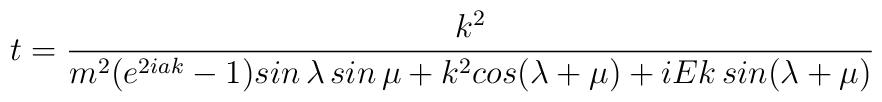
t=\frac{k^{2}}{m^{2}(e^{2iak}-1)sin\,\lambda \,sin\,\mu +k^{2}cos(\lambda+\mu )+iEk\,sin(\lambda +\mu )}